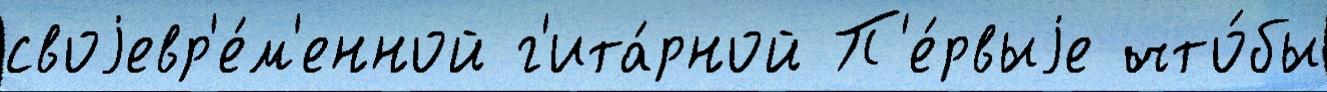
своjевр'е́м'енной г'ита́рной П'е́рвыjе что́бы